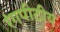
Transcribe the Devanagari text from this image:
रंगपीठीय